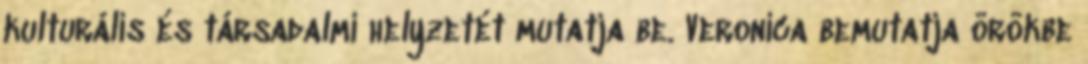
kulturális és társadalmi helyzetét mutatja be. Veronica bemutatja örökbe